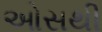
ઓસથી